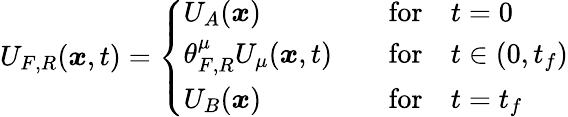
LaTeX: U_{F,R}({\boldsymbol{x}},t)=\left\{ \begin{array}{ll}{U_{A}({\boldsymbol{x}})}&{\quad\mathrm{for}\quad t=0}\\ {\theta_{F,R}^{\mu}U_{\mu}({\boldsymbol{x}},t)}&{\quad\mathrm{for}\quad t\in(0,t_{f})}\\ {U_{B}({\boldsymbol{x}})}&{\quad\mathrm{for}\quad t=t_{f}}\end{array}\right.